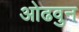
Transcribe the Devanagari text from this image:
ओढवुन